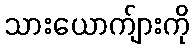
သားယောက်ျားကို